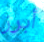
أبرز